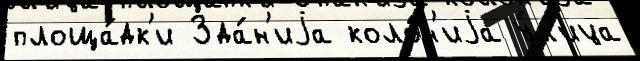
площа́дк'и Зда́н'иjа коло́н'иjа у́л'ица